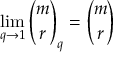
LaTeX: \operatorname* { l i m } _ { q \to 1 } { \binom { m } { r } } _ { q } = { \binom { m } { r } }